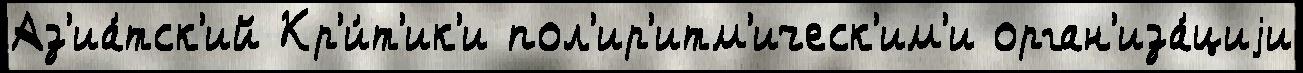
Аз'иа́тск'ий Кр'и́т'ик'и пол'ир'итм'ическ'им'и орган'иза́циjи